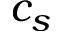
c _ { s }